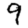
Digit: 9